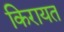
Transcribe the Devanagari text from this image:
किरायत